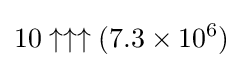
10\uparrow \uparrow \uparrow (7.3\times 10^{6})